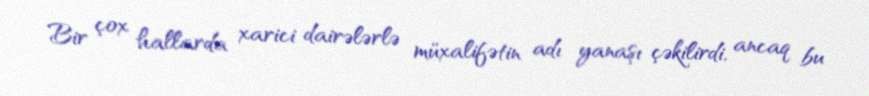
Bir çox hallarda xarici dairələrlə müxalifətin adı yanaşı çəkilirdi, ancaq bu